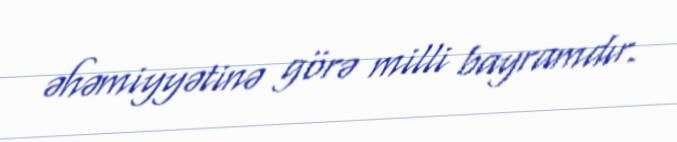
əhəmiyyətinə görə milli bayramdır.